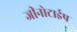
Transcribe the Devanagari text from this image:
जीनोटाईप